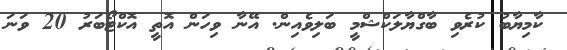
ކާމިޔާބު ކުރެވި ބާގްޔާލަކްޝްމީ ބަލިވެއިން. އޭނާ ވިހަން އޮތީ އޮކްޓޯބަރު 20 ވަނަ